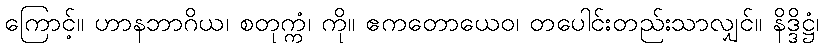
ကြောင့်။ ဟာနဘာဂိယ၊ စတုက္ကံ၊ ကို။ ဧကတောယေဝ၊ တပေါင်းတည်းသာလျှင်။ နိဒ္ဒိဋ္ဌံ၊